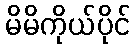
မိမိကိုယ်ပိုင်